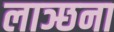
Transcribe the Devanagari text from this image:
लाञ्छना